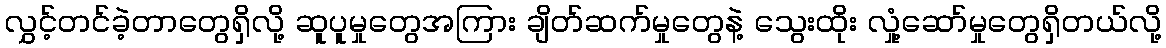
လွှင့်တင်ခဲ့တာတွေရှိလို့ ဆူပူမှုတွေအကြား ချိတ်ဆက်မှုတွေနဲ့ သွေးထိုး လှုံ့ဆော်မှုတွေရှိတယ်လို့